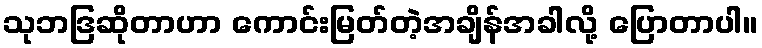
သုဘဒြဆိုတာဟာ ကောင်းမြတ်တဲ့အချိန်အခါလို့ ပြောတာပါ။